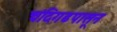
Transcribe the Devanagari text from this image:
चंदिगढपासून